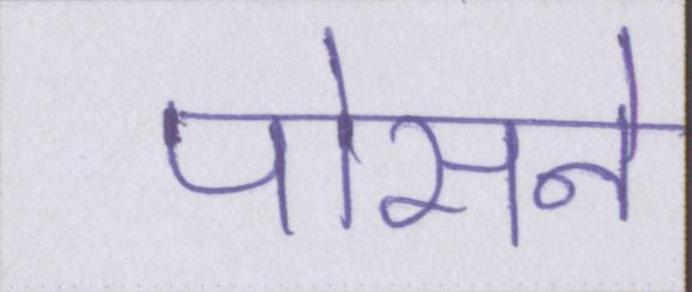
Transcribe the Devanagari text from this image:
पोसने